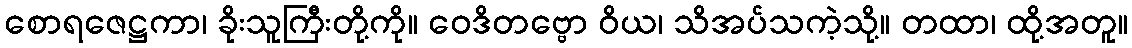
စောရဇေဋ္ဌကာ၊ ခိုးသူကြီးတို့ကို။ ဝေဒိတဗ္ဗော ဝိယ၊ သိအပ်သကဲ့သို့။ တထာ၊ ထို့အတူ။